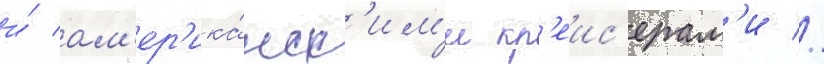
и́ ам'ер'ика́нск'им'и кр'еис'ерам'и //